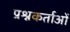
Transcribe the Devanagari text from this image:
प्रश्नकर्ताओं